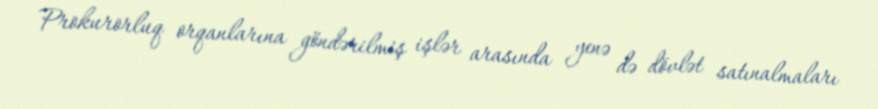
Prokurorluq orqanlarına göndərilmiş işlər arasında yenə də dövlət satınalmaları